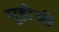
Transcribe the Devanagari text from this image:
मुहीजी